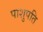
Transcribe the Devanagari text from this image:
पाशुपति